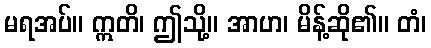
မရအပ်။ ဣတိ၊ ဤသို့။ အာဟ၊ မိန့်ဆို၏။ တံ၊